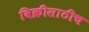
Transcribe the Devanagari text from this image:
विक्रीसाठीच